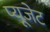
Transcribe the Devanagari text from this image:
प्यूजेट